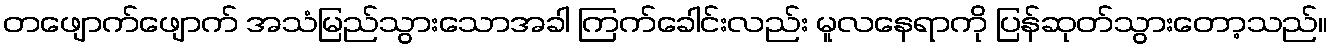
တဖျောက်ဖျောက် အသံမြည်သွားသောအခါ ကြက်ခေါင်းလည်း မူလနေရာကို ပြန်ဆုတ်သွားတော့သည်။